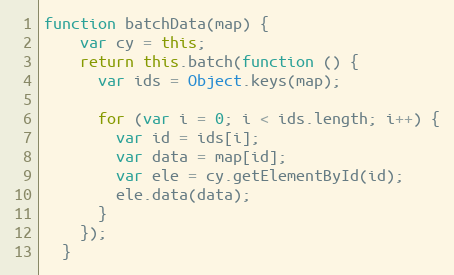
Language: JavaScript
function batchData(map) {
    var cy = this;
    return this.batch(function () {
      var ids = Object.keys(map);

      for (var i = 0; i < ids.length; i++) {
        var id = ids[i];
        var data = map[id];
        var ele = cy.getElementById(id);
        ele.data(data);
      }
    });
  }